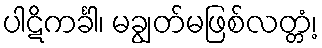
ပါဋိကင်္ခါ၊ မချွတ်မဖြစ်လတ္တံ့၊